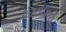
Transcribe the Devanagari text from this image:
निधीमध्ये